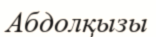
Абдолқызы